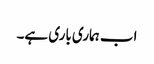
اب ہماری باری ہے۔